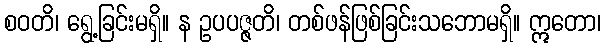
စဝတိ၊ ရွေ့ခြင်းမရှိ။ န ဥပပဇ္ဇတိ၊ တစ်ဖန်ဖြစ်ခြင်းသဘောမရှိ။ ဣတော၊